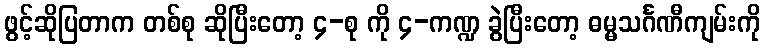
ဖွင့်ဆိုပြတာက တစ်စု ဆိုပြီးတော့ ၄-စု ကို ၄-ကဏ္ဍ ခွဲပြီးတော့ ဓမ္မသင်္ဂဏီကျမ်းကို